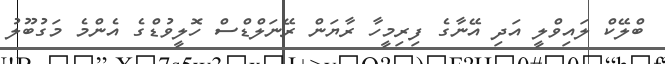
ބްލޭކް ލައިވްލީ އަދި އޭނާގެ ފިރިމީހާ ރާޔަން ރޭނަލްޑްސް ހޮލީވުޑްގެ އެންމެ މަގުބޫލު